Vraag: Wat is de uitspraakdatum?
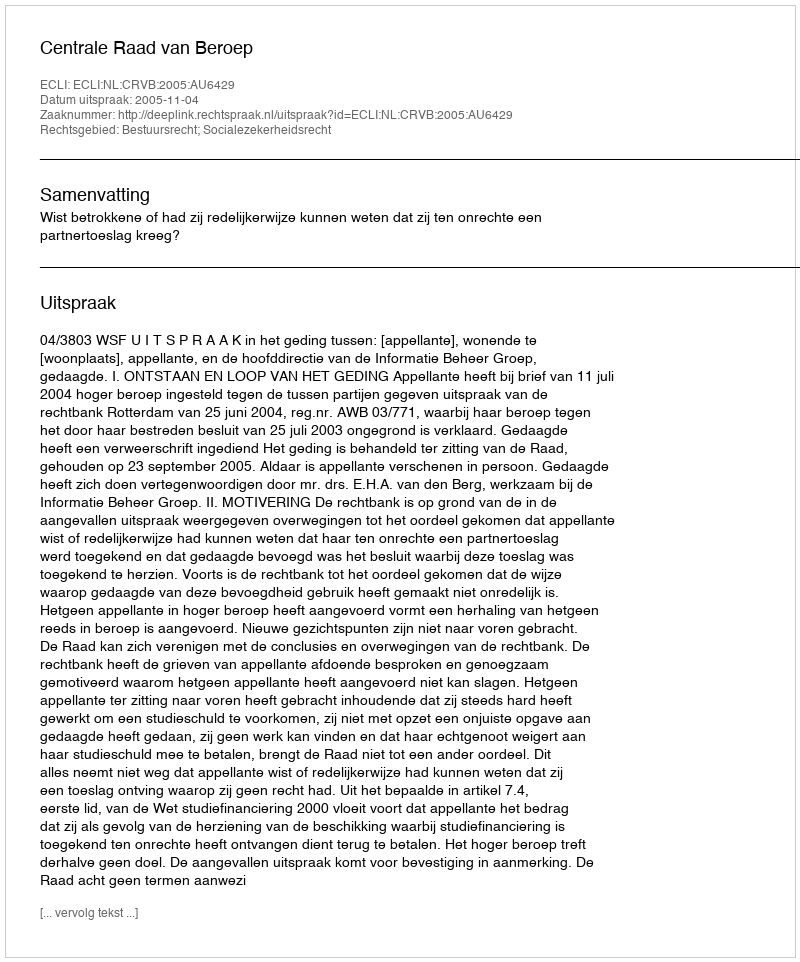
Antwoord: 2005-11-04